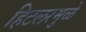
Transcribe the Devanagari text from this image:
हिटलरमुळे